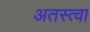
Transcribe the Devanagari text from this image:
अतस्त्वा